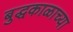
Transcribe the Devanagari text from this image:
बुद्धकाळाच्या